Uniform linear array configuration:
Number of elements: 48
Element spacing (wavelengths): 1
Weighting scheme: uniform
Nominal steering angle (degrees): -15
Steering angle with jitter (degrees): -16.82
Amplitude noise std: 0.05
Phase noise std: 0.05

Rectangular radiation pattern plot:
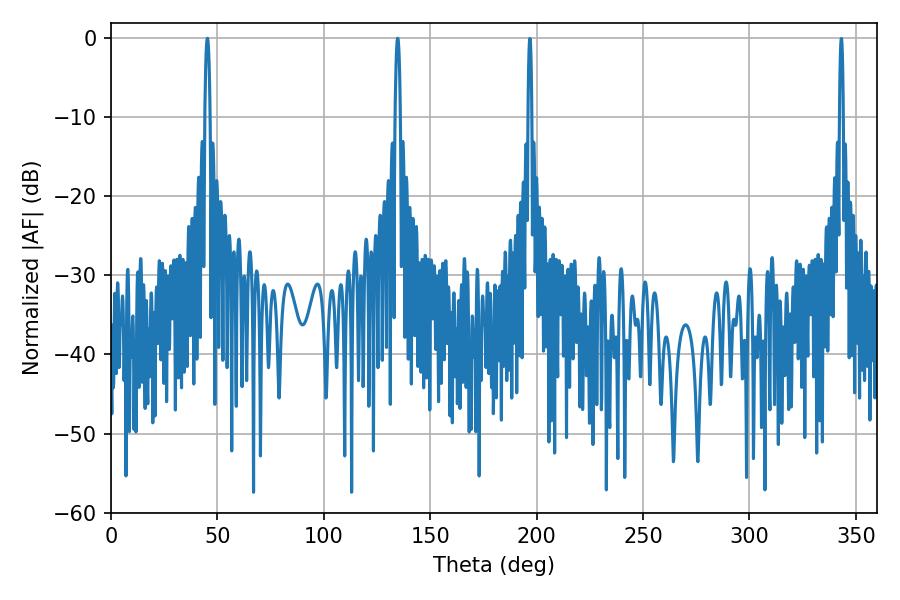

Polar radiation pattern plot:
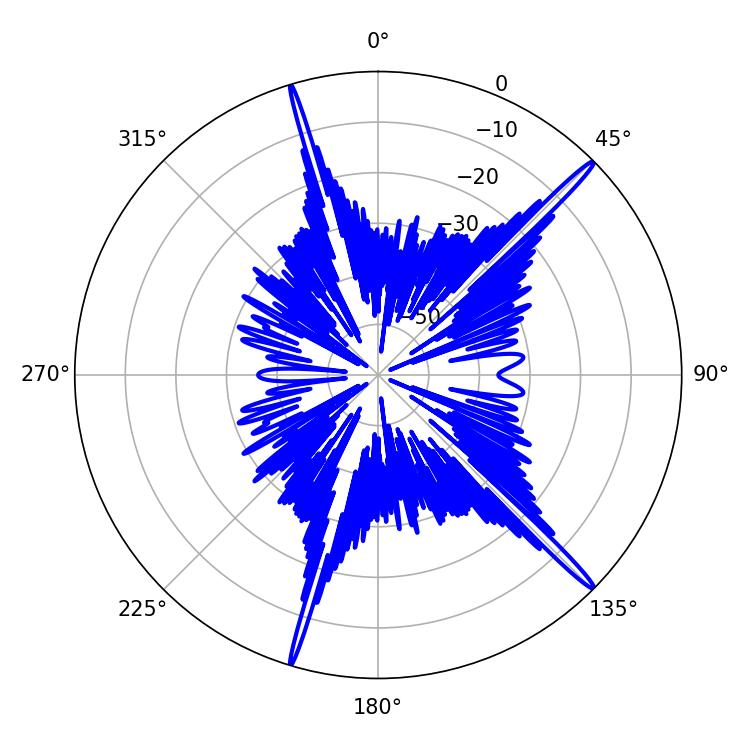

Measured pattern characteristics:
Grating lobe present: TRUE
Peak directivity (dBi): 18.31
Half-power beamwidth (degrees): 1.26
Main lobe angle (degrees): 45.36